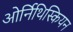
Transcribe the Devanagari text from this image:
ओर्निथिस्कियन